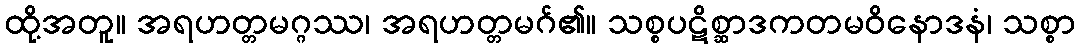
ထို့အတူ။ အရဟတ္တမဂ္ဂဿ၊ အရဟတ္တမဂ်၏။ သစ္စပဋိစ္ဆာဒကတမဝိနောဒနံ၊ သစ္စာ